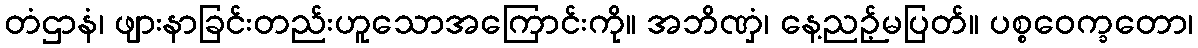
တံဌာနံ၊ ဖျားနာခြင်းတည်းဟူသောအကြောင်းကို။ အဘိဏှံ၊ နေ့ညဉ့်မပြတ်။ ပစ္စဝေက္ခတော၊